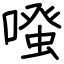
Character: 𠽟